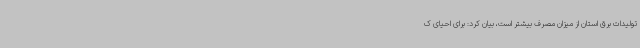
تولیدات برق استان از میزان مصرف بیشتر است، بیان کرد: برای احیای ک